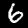
Label: 6